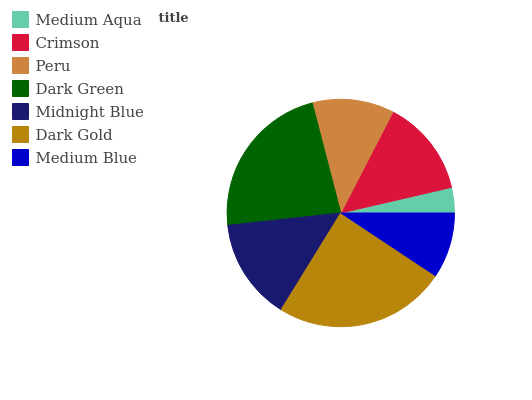
| Medium Aqua | Crimson | Peru | Dark Green | Midnight Blue | Dark Gold | Medium Blue |
 | --- | --- | --- | --- | --- | --- | --- |
 | 3.61% | 13.8% | 11.6% | 22.7% | 14.5% | 24.5% | 9.32% |